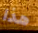
هذا